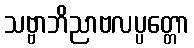
သဗ္ဗာဘိညာဗလပ္ပတ္တော